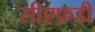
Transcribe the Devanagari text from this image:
सीएफ़डी